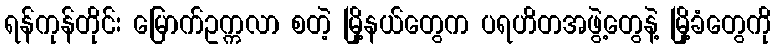
ရန်ကုန်တိုင်း မြောက်ဥက္ကလာ စတဲ့ မြို့နယ်တွေက ပရဟိတအဖွဲ့တွေနဲ့ မြို့ခံတွေကို